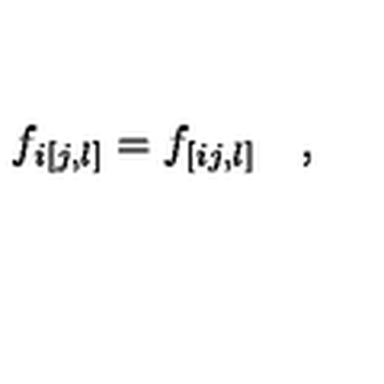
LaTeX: f _ { i [ j , l ] } = f _ { [ i j , l ] } \quad ,